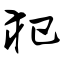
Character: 犯